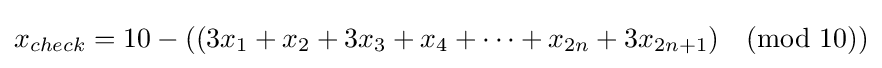
x_{check}=10-((3x_{1}+x_{2}+3x_{3}+x_{4}+\cdots +x_{2n}+3x_{2n+1}){\pmod {10}})